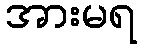
အားမရ